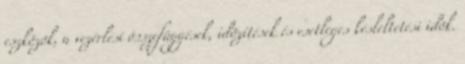
eszközök, a vezérlési összefüggések, idõzítések és esetleges késleltetési idõk.